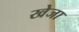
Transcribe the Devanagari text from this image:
खेजा